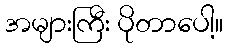
အများကြီး ပိုတာပေါ့။